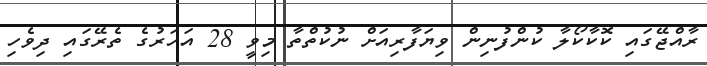
ރާއްޖޭގައި ކޮކާކޯލާ ކުންފުނިން ވިޔަފާރިއަށް ނުކުތްތާ މިވީ 28 އަހަރުގެ ތެރޭގައި ދިވެހި